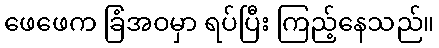
ဖေဖေက ခြံအဝမှာ ရပ်ပြီး ကြည့်နေသည်။